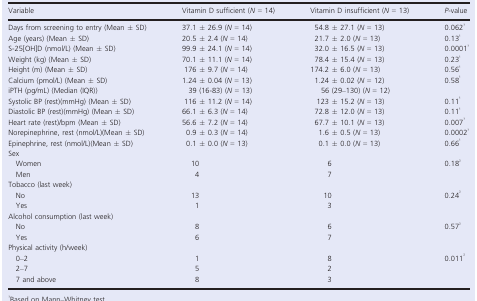
<table><thead><tr><td><b>Variable</b></td><td><b>Vitamin D sufficient (<i>N</i> = 14)</b></td><td><b>Vitamin D insufficient (<i>N</i> = 13)</b></td><td><b><i>P</i>‐value</b></td></tr></thead><tbody><tr><td>Days from screening to entry (Mean ± SD)</td><td>37.1 ± 26.9 (<i>N</i> = 14)</td><td>54.8 ± 27.1 (<i>N</i> = 13)</td><td>0.062a</td></tr><tr><td>Age (years) (Mean ± SD)</td><td>20.5 ± 2.4 (<i>N</i> = 14)</td><td>21.7 ± 2.0 (<i>N</i> = 13)</td><td>0.13a</td></tr><tr><td>S‐25[OH]D (nmol/L) (Mean ± SD)</td><td>99.9 ± 24.1 (<i>N</i> = 14)</td><td>32.0 ± 16.5 (<i>N</i> = 13)</td><td>0.0001a</td></tr><tr><td>Weight (kg) (Mean ± SD)</td><td>70.1 ± 11.1 (<i>N</i> = 14)</td><td>78.4 ± 15.4 (<i>N</i> = 13)</td><td>0.23a</td></tr><tr><td>Height (m) (Mean ± SD)</td><td>176 ± 9.7 (<i>N</i> = 14)</td><td>174.2 ± 6.0 (<i>N</i> = 13)</td><td>0.56a</td></tr><tr><td>Calcium (pmol/L) (Mean ± SD)</td><td>1.24 ± 0.04 (<i>N</i> = 13)</td><td>1.24 ± 0.02 (<i>N</i> = 12)</td><td>0.58a</td></tr><tr><td>iPTH (pg/mL) (Median (IQR))</td><td>39 (16‐83) (<i>N</i> = 13)</td><td>56 (29–130) (<i>N</i> = 12)</td><td></td></tr><tr><td>Systolic BP (rest)(mmHg) (Mean ± SD)</td><td>116 ± 11.2 (<i>N</i> = 14)</td><td>123 ± 15.2 (<i>N</i> = 13)</td><td>0.11a</td></tr><tr><td>Diastolic BP (rest)(mmHg) (Mean ± SD)</td><td>66.1 ± 6.3 (<i>N</i> = 14)</td><td>72.8 ± 12.0 (<i>N</i> = 13)</td><td>0.11a</td></tr><tr><td>Heart rate (rest)/bpm (Mean ± SD)</td><td>56.6 ± 7.2 (<i>N</i> = 14)</td><td>67.7 ± 10.1 (<i>N</i> = 13)</td><td>0.007a</td></tr><tr><td>Norepinephrine, rest (nmol/L)(Mean ± SD)</td><td>0.9 ± 0.3 (<i>N</i> = 14)</td><td>1.6 ± 0.5 (<i>N</i> = 13)</td><td>0.0002a</td></tr><tr><td>Epinephrine, rest (nmol/L)(Mean ± SD)</td><td>0.1 ± 0.0 (<i>N</i> = 13)</td><td>0.1 ± 0.0 (<i>N</i> = 13)</td><td>0.66a</td></tr><tr><td colspan="4">Sex</td></tr><tr><td>Women</td><td>10</td><td>6</td><td>0.18b</td></tr><tr><td>Men</td><td>4</td><td>7</td><td></td></tr><tr><td colspan="4">Tobacco (last week)</td></tr><tr><td>No</td><td>13</td><td>10</td><td>0.24b</td></tr><tr><td>Yes</td><td>1</td><td>3</td><td></td></tr><tr><td colspan="4">Alcohol consumption (last week)</td></tr><tr><td>No</td><td>8</td><td>6</td><td>0.57b</td></tr><tr><td>Yes</td><td>6</td><td>7</td><td></td></tr><tr><td colspan="4">Physical activity (h/week)</td></tr><tr><td>0–2</td><td>1</td><td>8</td><td>0.011b</td></tr><tr><td>2–7</td><td>5</td><td>2</td><td></td></tr><tr><td>7 and above</td><td>8</td><td>3</td><td></td></tr></tbody></table>